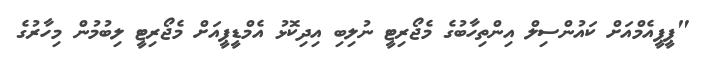
"ޕީޕީއެމްއަށް ކައުންސިލް އިންތިހާބުގެ މެޖޯރިޓީ ނުލިބި އިދިކޮޅު އެމްޑީޕީއަށް މެޖޯރިޓީ ލިބުމުން މިހާރުގެ